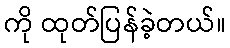
ကို ထုတ်ပြန်ခဲ့တယ်။